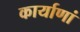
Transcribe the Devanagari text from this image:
कार्याणां